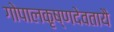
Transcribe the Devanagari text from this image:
गोपालकृष्णदेवतायै